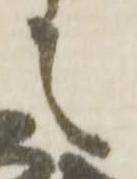
之